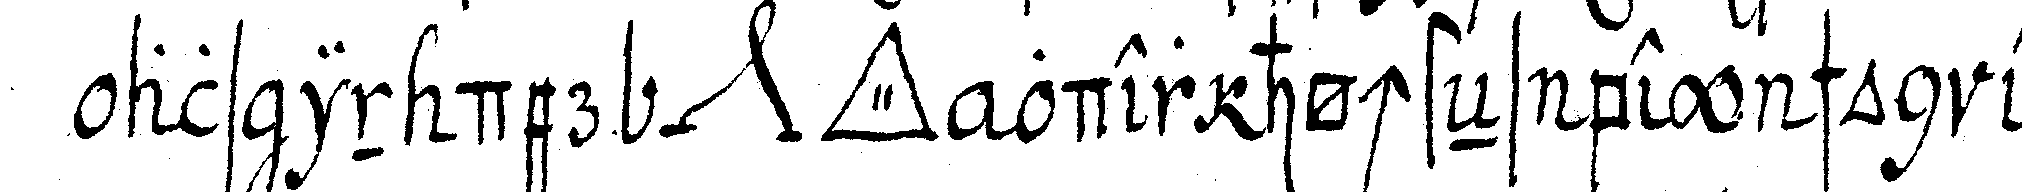
als in der *nee* *tri..* oder höchsteNs bey schon er